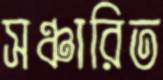
সঞ্চারিত